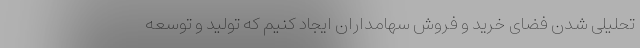
تحلیلی شدن فضای خرید و فروش سهامداران ایجاد کنیم که تولید و توسعه